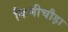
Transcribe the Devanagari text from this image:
किमीचौड़ा